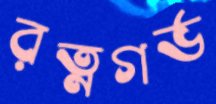
রত্নগর্ভ